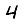
Digit: 4